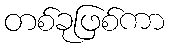
တစ်ခုဖြစ်ကာ